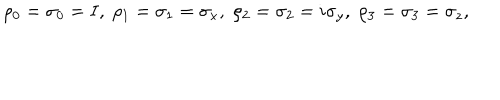
\rho _ { 0 } = \sigma _ { 0 } = I , \; \rho _ { 1 } = \sigma _ { 1 } = \sigma _ { x } , \; \rho _ { 2 } = \sigma _ { 2 } = i \sigma _ { y } , \; \rho _ { 3 } = \sigma _ { 3 } = \sigma _ { z } , \;